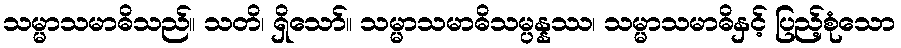
သမ္မာသမာဓိသည်။ သတိ၊ ရှိသော်။ သမ္မာသမာဓိသမ္ပန္နဿ၊ သမ္မာသမာဓိနှင့် ပြည့်စုံသော